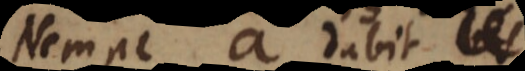
Nempe a dabit